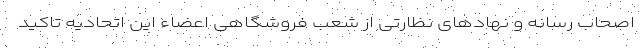
اصحاب رسانه و نهادهای نظارتی از شعب فروشگاهی اعضاء این اتحادیه تاکید